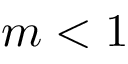
m < 1